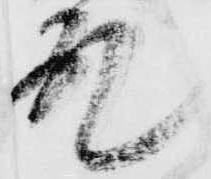
殿